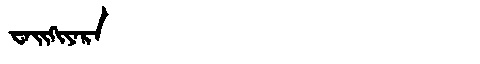
Manchu: ᠸᠠᡳᡴᡳᠶᠠᡵᠠ
Romanization: WAIKIYARA